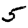
Digit: 5